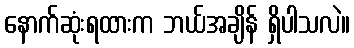
နောက်ဆုံးရထားက ဘယ်အချိန် ရှိပါသလဲ။